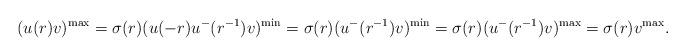
LaTeX: \begin{align*}(u(r)v)^{\max}=\sigma(r)(u(-r)u^{-}(r^{-1})v)^{\min}=\sigma(r)(u^{-}(r^{-1})v)^{\min}=\sigma(r)(u^{-}(r^{-1})v)^{\max}=\sigma(r)v^{\max}.\end{align*}